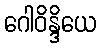
ဂေါဝိန္ဒိယေ